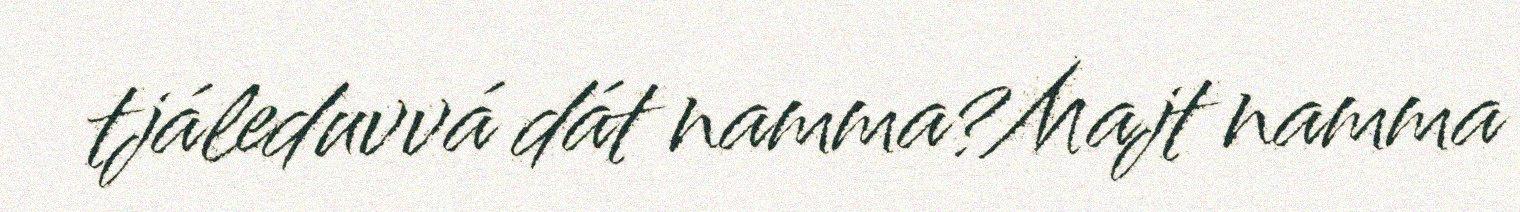
tjáleduvvá dát namma?Majt namma